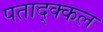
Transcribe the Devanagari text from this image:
पताद्क्कल